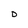
Character: 0